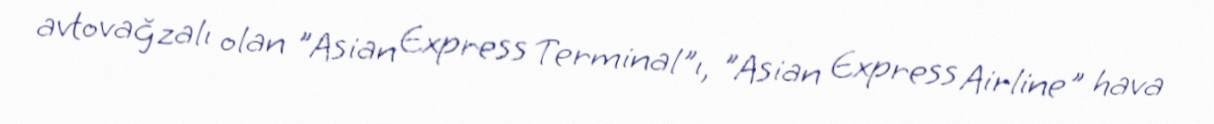
avtovağzalı olan "Asian Express Terminal"ı, "Asian Express Airline" hava